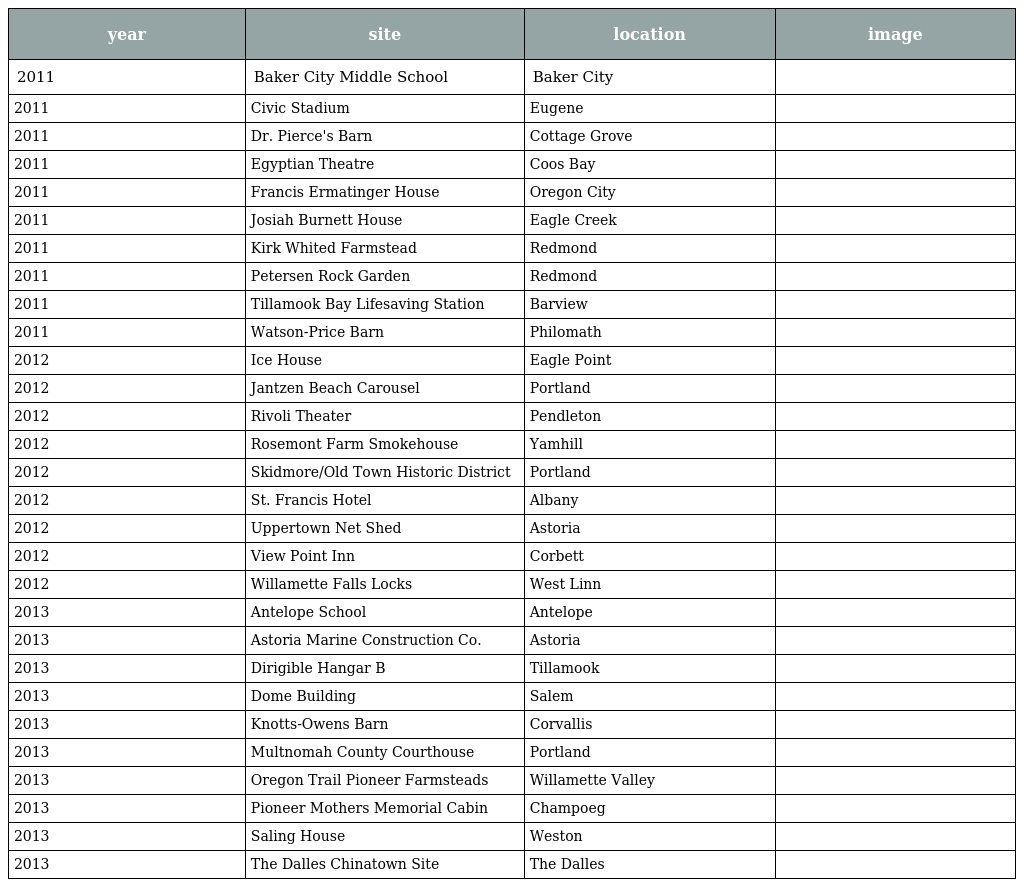
| year | site | location | image |
 | --- | --- | --- | --- |
 | 2011 | Baker City Middle School | Baker City |  |
 | 2011 | Civic Stadium | Eugene |  |
 | 2011 | Dr. Pierce's Barn | Cottage Grove |  |
 | 2011 | Egyptian Theatre | Coos Bay |  |
 | 2011 | Francis Ermatinger House | Oregon City |  |
 | 2011 | Josiah Burnett House | Eagle Creek |  |
 | 2011 | Kirk Whited Farmstead | Redmond |  |
 | 2011 | Petersen Rock Garden | Redmond |  |
 | 2011 | Tillamook Bay Lifesaving Station | Barview |  |
 | 2011 | Watson-Price Barn | Philomath |  |
 | 2012 | Ice House | Eagle Point |  |
 | 2012 | Jantzen Beach Carousel | Portland |  |
 | 2012 | Rivoli Theater | Pendleton |  |
 | 2012 | Rosemont Farm Smokehouse | Yamhill |  |
 | 2012 | Skidmore/Old Town Historic District | Portland |  |
 | 2012 | St. Francis Hotel | Albany |  |
 | 2012 | Uppertown Net Shed | Astoria |  |
 | 2012 | View Point Inn | Corbett |  |
 | 2012 | Willamette Falls Locks | West Linn |  |
 | 2013 | Antelope School | Antelope |  |
 | 2013 | Astoria Marine Construction Co. | Astoria |  |
 | 2013 | Dirigible Hangar B | Tillamook |  |
 | 2013 | Dome Building | Salem |  |
 | 2013 | Knotts-Owens Barn | Corvallis |  |
 | 2013 | Multnomah County Courthouse | Portland |  |
 | 2013 | Oregon Trail Pioneer Farmsteads | Willamette Valley |  |
 | 2013 | Pioneer Mothers Memorial Cabin | Champoeg |  |
 | 2013 | Saling House | Weston |  |
 | 2013 | The Dalles Chinatown Site | The Dalles |  |